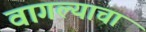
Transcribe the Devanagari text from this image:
वागल्याचा